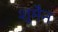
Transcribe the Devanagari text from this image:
शूमैन